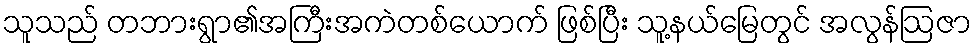
သူသည် တဘားရွာ၏အကြီးအကဲတစ်ယောက် ဖြစ်ပြီး သူ့နယ်မြေတွင် အလွန်ဩဇာ